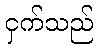
ငှက်သည်